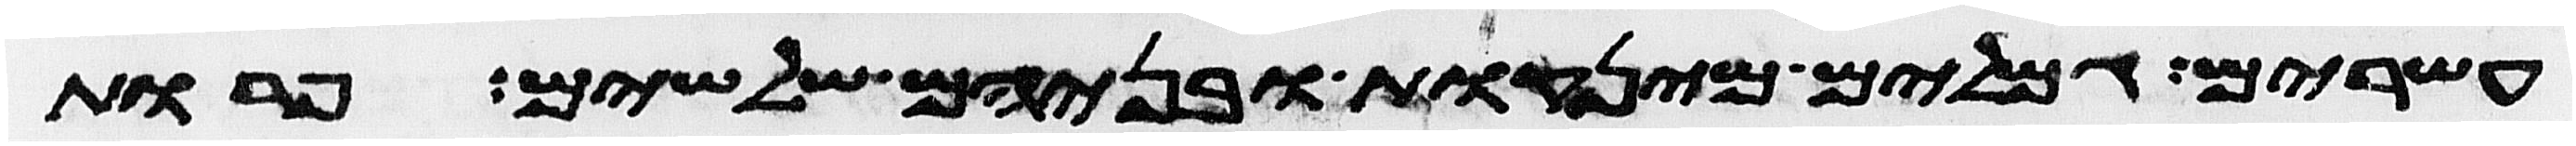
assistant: עשרים גמלים מינקות ובניהם שלשים פרות